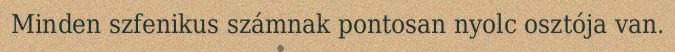
Minden szfenikus számnak pontosan nyolc osztója van.